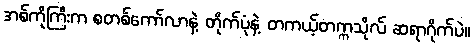
အစ်ကိုကြီးက စတစ်ကော်လာနဲ့ တိုက်ပုံနဲ့ တကယ့်တက္ကသိုလ် ဆရာဂိုက်ပဲ။